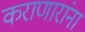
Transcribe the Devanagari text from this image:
कराणारांना